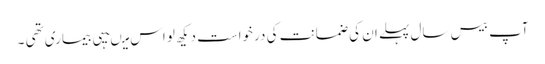
آپ بیس سال پہلے ان کی ضمانت کی درخواست دیکھ لو اس میںیہی بیماری تھی ۔